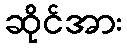
ဆိုင်အား